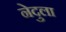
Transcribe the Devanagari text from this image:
नेदुला